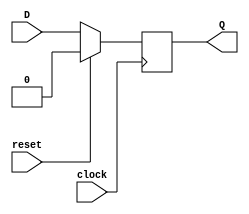
`timescale 1ns / 1ps
//////////////////////////////////////////////////////////////////////////////////
// Company: 
// Engineer: 
// 
// Design Name: 
// Module Name: D_FF_special
// Project Name: 
// Target Devices: 
// Tool Versions: 
// Description: 
// 
// Dependencies: 
// 
// Revision:
// Revision 0.01 - File Created
// Additional Comments:
// 
//////////////////////////////////////////////////////////////////////////////////


module D_FF_special(
    input reset,
    input clock,
    input D,
    output reg Q
    );
    initial
        Q <= 1;
    
    always @ (posedge clock) begin
        if(reset)
            Q <= 0;
        else 
            Q <= D;
    end

endmodule